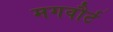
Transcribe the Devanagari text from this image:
मगवौर्ट